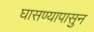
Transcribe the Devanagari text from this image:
घासण्यापासुन